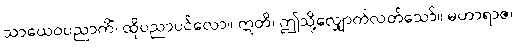
သာယေဝပညာကိံ၊ ထိုပညာပင်လော။ ဣတိ၊ ဤသို့လျှောက်လတ်သော်။ မဟာရာဇ၊